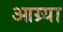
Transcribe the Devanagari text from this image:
आग्र्या